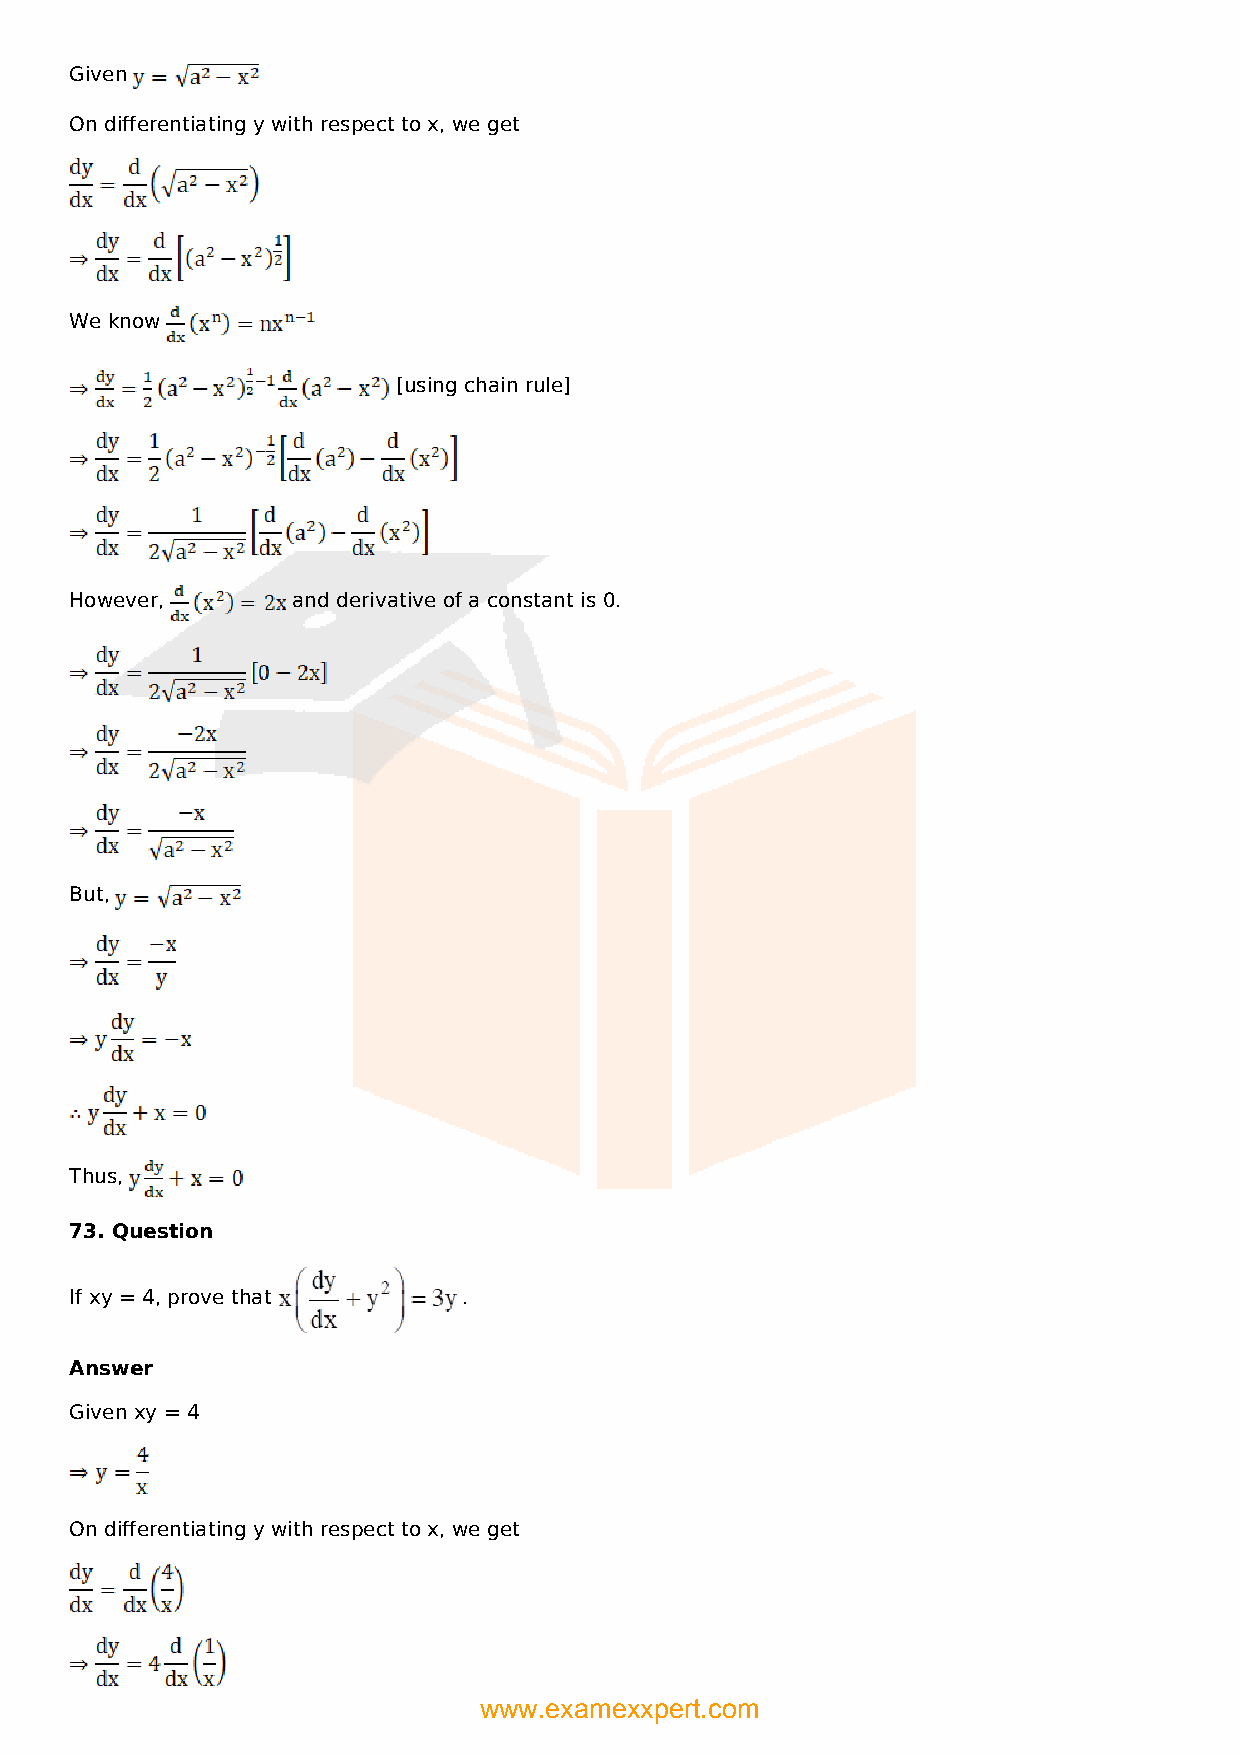
Given
 On differentiating y with respect to x, we get
 We know
 [using chain rule]
 However,      and derivative of a constant is 0.
 But,
 Thus,
 73. Question
 If xy = 4, prove that     .
 Answer
 Given xy = 4
 On differentiating y with respect to x, we get
 www.examexxpert.com